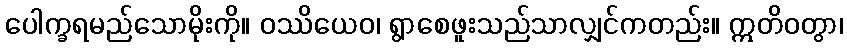
ပေါက္ခရမည်သောမိုးကို။ ဝဿိယေဝ၊ ရွာစေဖူးသည်သာလျှင်ကတည်း။ ဣတိဝတွာ၊